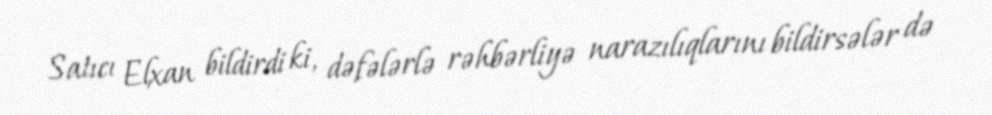
Satıcı Elxan bildirdi ki, dəfələrlə rəhbərliyə narazılıqlarını bildirsələr də